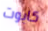
كابوت